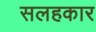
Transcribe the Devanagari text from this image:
सलहकार